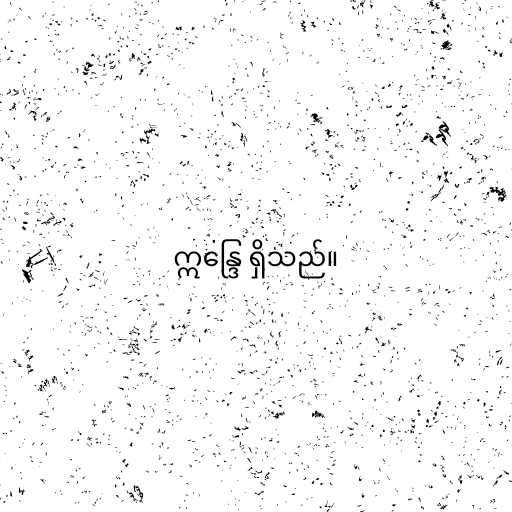
ဣန္ဒြေ ရှိသည်။